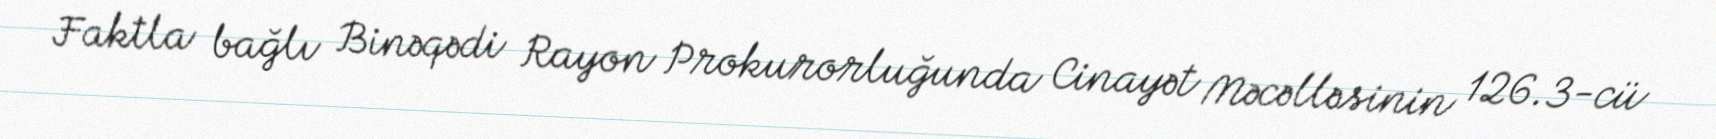
Faktla bağlı Binəqədi Rayon Prokurorluğunda Cinayət Məcəlləsinin 126.3-cü